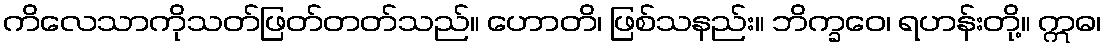
ကိလေသာကိုသတ်ဖြတ်တတ်သည်။ ဟောတိ၊ ဖြစ်သနည်း။ ဘိက္ခဝေ၊ ရဟန်းတို့။ ဣဓ၊